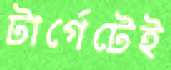
টার্গেটেই